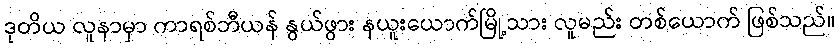
ဒုတိယ လူနာမှာ ကာရစ်ဘီယန် နွယ်ဖွား နယူးယောက်မြို့သား လူမည်း တစ်ယောက် ဖြစ်သည်။